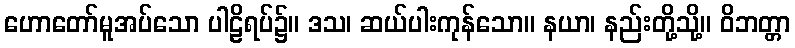
ဟောတော်မူအပ်သော ပါဠိရပ်၌။ ဒသ၊ ဆယ်ပါးကုန်သော။ နယာ၊ နည်းတို့သို့။ ဝိဘတ္တာ